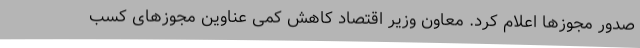
صدور مجوزها اعلام کرد. معاون وزیر اقتصاد کاهش کمی عناوین مجوزهای کسب